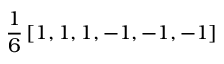
\frac { 1 } { 6 } \left[ 1 , 1 , 1 , - 1 , - 1 , - 1 \right]